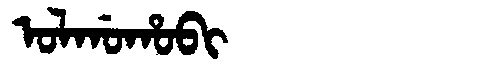
Manchu: ᠣᠯᡤᠣᡥᠣᠪᡳ
Romanization: OLGOHOBI